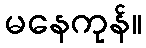
မနေကုန်။